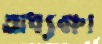
অধ্যক্ষা